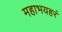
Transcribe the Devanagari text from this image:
महाभयहरं